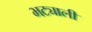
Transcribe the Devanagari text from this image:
भट्याली